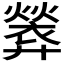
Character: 𫸢